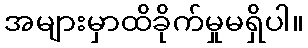
အများမှာထိခိုက်မှုမရှိပါ။